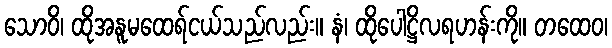
သောဝိ၊ ထိုအနူမထေရ်ငယ်သည်လည်း။ နံ၊ ထိုပေါဋ္ဌိလရဟန်းကို။ တထေဝ၊